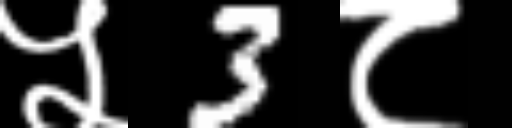
Text: ५3८